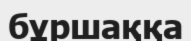
бұршаққа